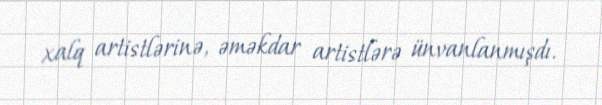
xalq artistlərinə, əməkdar artistlərə ünvanlanmışdı.